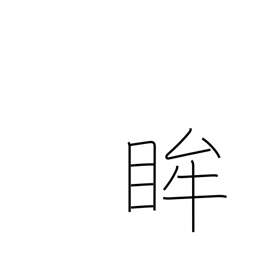
Meaning: pupil of the eye